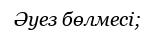
Әуез бөлмесі;